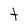
Character: t